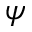
\psi